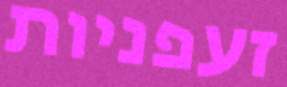
זעפניות